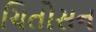
ચિતોસન